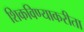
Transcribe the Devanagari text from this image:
शिकविण्याकरीता